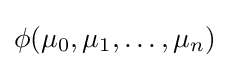
\phi (\mu _{0},\mu _{1},\ldots ,\mu _{n})